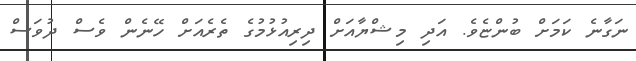
ނަގާނެ ކަމަށް ބުންޏެވެ. އަދި މިޝްޔާއަށް ދިރިއުޅުމުގެ ތެރެއަށް ހޭނެން ވެސް ދުވަސް